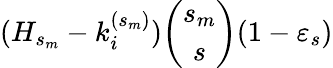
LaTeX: (H_{s_{m}}-k_{i}^{(s_{m})}){\binom{s_{m}}{s}}(1-\varepsilon_{s})